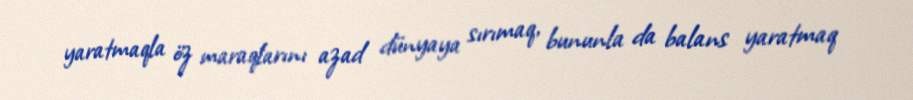
yaratmaqla öz maraqlarını azad dünyaya sırımaq, bununla da balans yaratmaq